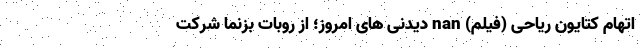
اتهام کتایون ریاحی (فیلم) nan دیدنی های امروز؛ از روبات بُزنما شرکت